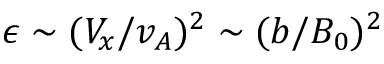
\epsilon \sim ( V _ { x } / v _ { A } ) ^ { 2 } \sim ( b / B _ { 0 } ) ^ { 2 }